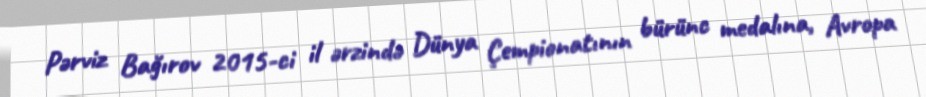
Pərviz Bağırov 2015-ci il ərzində Dünya Çempionatının bürünc medalına, Avropa